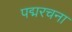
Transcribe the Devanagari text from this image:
पद्मरचना